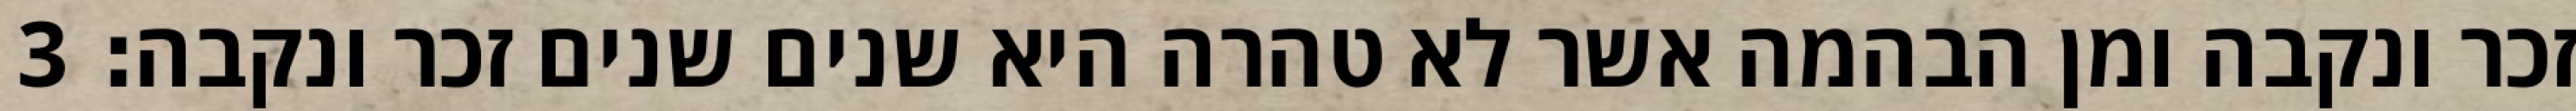
זכר ונקבה ומן הבהמה אשר לא טהרה היא שנים שנים זכר ונקבה׃ ‎3‏